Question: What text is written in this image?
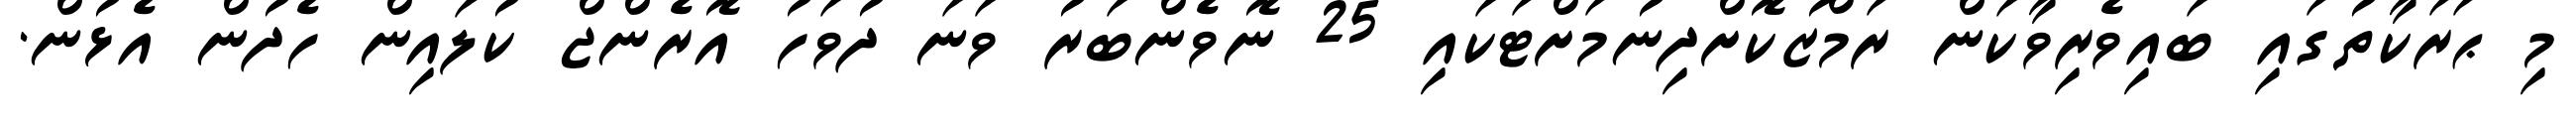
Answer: މި ޙަރަކާތުގައި ބައިވެރިވާކަން ރަމްޒުކޮށްދިނުމަށްޓަކައި 25 ނޮވެންބަރު ވަނަ ދުވަހު އޮރެންޖް ކުލައިން ހެދުން އެޅުން.